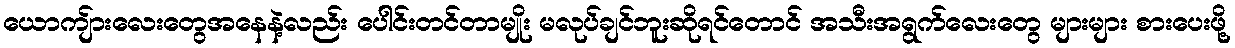
ယောကျ်ားလေးတွေအနေနဲ့လည်း ပေါင်းတင်တာမျိုး မလုပ်ချင်ဘူးဆိုရင်တောင် အသီးအရွက်လေးတွေ များများ စားပေးဖို့